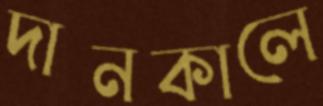
দানকালে